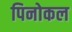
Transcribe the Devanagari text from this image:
पिनोकल